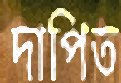
দাপিত